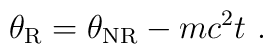
\theta_{\rm R} = \theta_{\rm NR}-mc^2t \ .